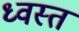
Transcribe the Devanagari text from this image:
ध्वस्‍त